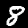
Label: 8